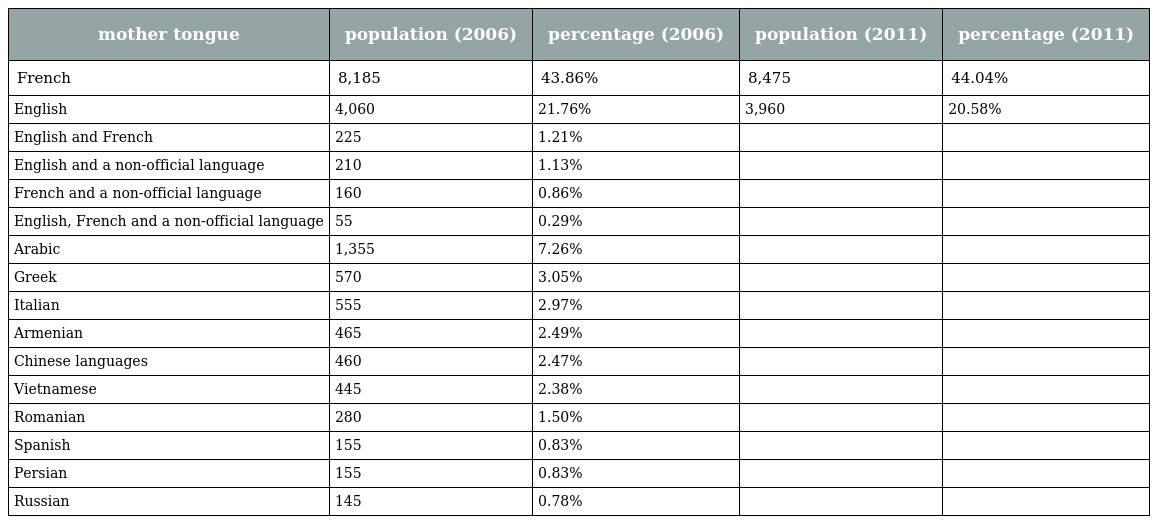
| mother tongue | population (2006) | percentage (2006) | population (2011) | percentage (2011) |
 | --- | --- | --- | --- | --- |
 | French | 8,185 | 43.86% | 8,475 | 44.04% |
 | English | 4,060 | 21.76% | 3,960 | 20.58% |
 | English and French | 225 | 1.21% |  |  |
 | English and a non-official language | 210 | 1.13% |  |  |
 | French and a non-official language | 160 | 0.86% |  |  |
 | English, French and a non-official language | 55 | 0.29% |  |  |
 | Arabic | 1,355 | 7.26% |  |  |
 | Greek | 570 | 3.05% |  |  |
 | Italian | 555 | 2.97% |  |  |
 | Armenian | 465 | 2.49% |  |  |
 | Chinese languages | 460 | 2.47% |  |  |
 | Vietnamese | 445 | 2.38% |  |  |
 | Romanian | 280 | 1.50% |  |  |
 | Spanish | 155 | 0.83% |  |  |
 | Persian | 155 | 0.83% |  |  |
 | Russian | 145 | 0.78% |  |  |